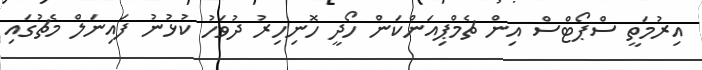
އިރުމަތީ ސްޕޯޓްސް އިން ޗެމްޕިއަންކަން ހޯދީ ހޮނިހިރު ދުވަހު ކުޅުނު ފައިނަލް މެޗުގައި